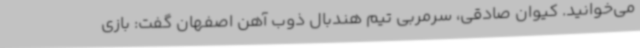
می‌خوانید. کیوان صادقی، سرمربی تیم هندبال ذوب آهن اصفهان گفت: بازی